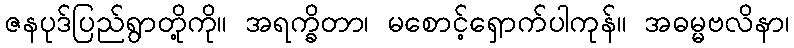
ဇနပုဒ်ပြည်ရွာတို့ကို။ အရက္ခိတာ၊ မစောင့်ရှောက်ပါကုန်။ အဓမ္မဗလိနာ၊